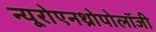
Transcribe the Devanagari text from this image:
न्यूरोएनथ्रोपोलॉजी